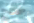
صحيح